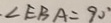
\angle E B A = 9 0 ^ { \circ }